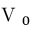
\mathrm { ~ V ~ } _ { 0 }